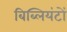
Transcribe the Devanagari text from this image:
बिब्लियंटों